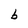
Character: b